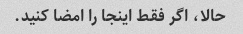
حالا، اگر فقط اینجا را امضا کنید.